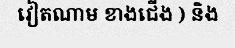
វៀតណាម ខាងជើង ) និង